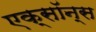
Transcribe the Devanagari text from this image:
एक्सॉन्स